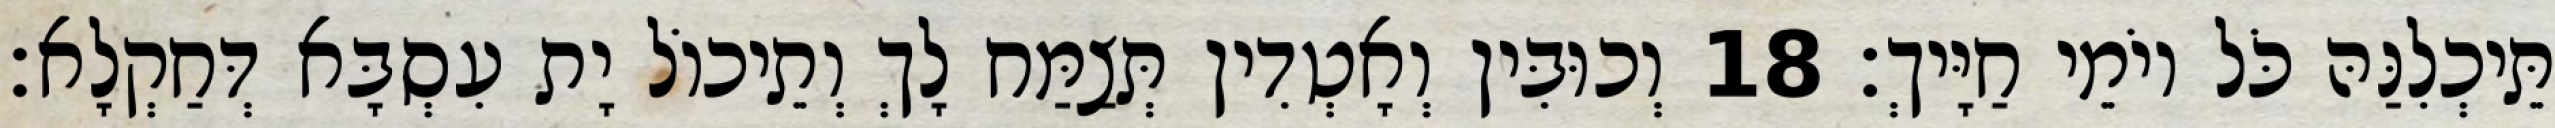
תֵּיכְלִנַּהּ כֹּל יוֹמֵי חַיָּיךְ׃ 18 וְכוּבִּין וְאָטְדִין תְּצַמַּח לָךְ וְתֵיכוֹל יָת עִסְבָּא דְּחַקְלָא׃